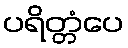
ပရိတ္တံပေ